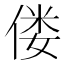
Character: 偻